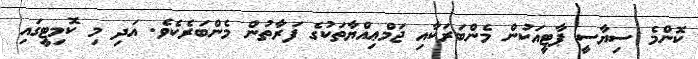
ކޮންމެ ސިޔާސީ ޕާޓީއަކުން މެންބަރަކާއި ޖަމްޢިއްޔާތަކުގެ ފަރާތުން މެންބަރެކެވެ. އަދި މި ކޮމިޓީގައި